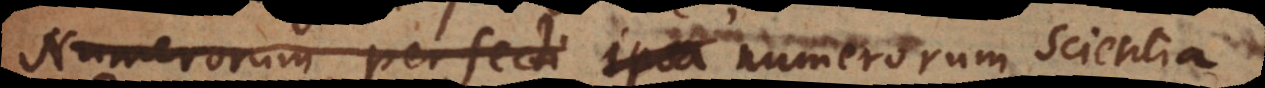
Numerorum perfecti ipsa numerorum scientia